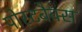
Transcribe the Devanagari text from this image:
पोस्टबैक्स